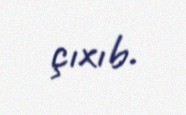
çıxıb.